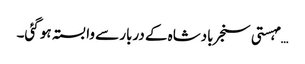
… مہستی سنجر بادشاہ کے دربار سے وابستہ ہو گئی۔